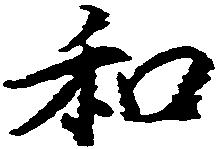
和